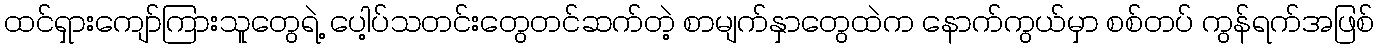
ထင်ရှားကျော်ကြားသူတွေရဲ့ ပေါ့ပ်သတင်းတွေတင်ဆက်တဲ့ စာမျက်နှာတွေထဲက နောက်ကွယ်မှာ စစ်တပ် ကွန်ရက်အဖြစ်